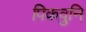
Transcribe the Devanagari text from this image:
पिकवुनि